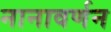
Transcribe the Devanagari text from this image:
नानावर्णन